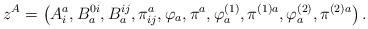
LaTeX: \begin{align*}z^{A}=\left( A_{i}^{a},B_{a}^{0i},B_{a}^{ij},\pi _{ij}^{a},\varphi _{a},\pi^{a},\varphi _{a}^{\left( 1\right) },\pi ^{(1)a},\varphi _{a}^{\left(2\right) },\pi ^{(2)a}\right) . \end{align*}